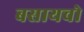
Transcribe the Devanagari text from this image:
बसायचो